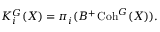
K _ { i } ^ { G } ( X ) = \pi _ { i } ( B ^ { + } \operatorname { C o h } ^ { G } ( X ) ) .